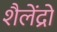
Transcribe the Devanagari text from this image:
शैलेंद्रो